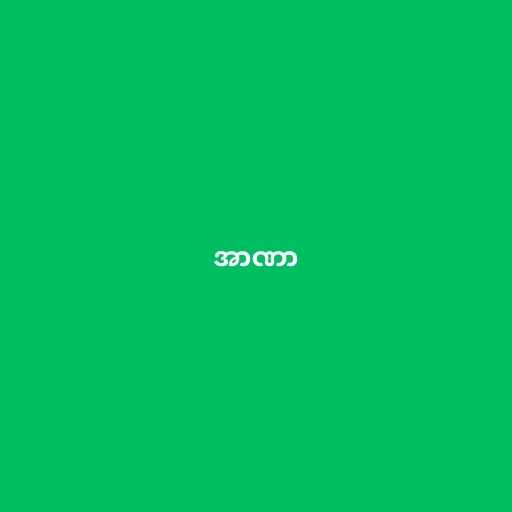
အာဏာ